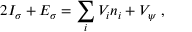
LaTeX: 2 I _ { \sigma } + E _ { \sigma } = \sum _ { i } V _ { i } n _ { i } + V _ { \psi } \; ,